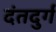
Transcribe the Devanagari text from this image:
दंतदुर्ग